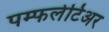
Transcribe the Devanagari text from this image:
पम्फलेटिअर